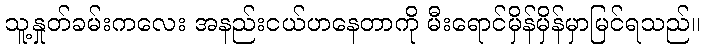
သူ့နှုတ်ခမ်းကလေး အနည်းငယ်ဟနေတာကို မီးရောင်မှိန်မှိန်မှာမြင်ရသည်။